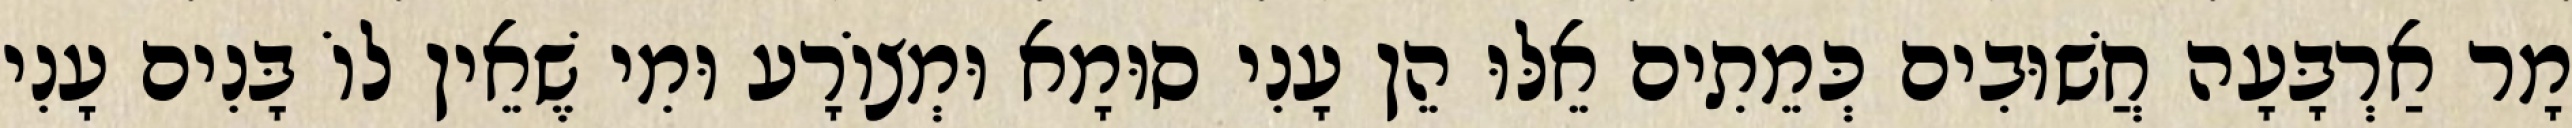
מָר אַרְבָּעָה חֲשׁוּבִים כְּמֵתִים אֵלּוּ הֵן עָנִי סוּמָא וּמְצוֹרָע וּמִי שֶׁאֵין לוֹ בָּנִים עָנִי